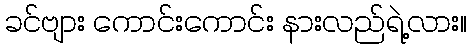
ခင်ဗျား ကောင်းကောင်း နားလည်ရဲ့လား။